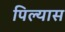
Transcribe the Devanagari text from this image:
पिल्यास